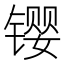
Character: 𫔉